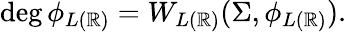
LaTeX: \deg\phi_{L(\mathbb{R})}=W_{L(\mathbb{R})}(\Sigma,\phi_{L(\mathbb{R})}).